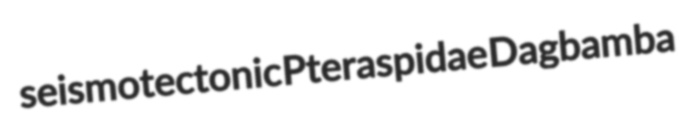
seismotectonic Pteraspidae Dagbamba